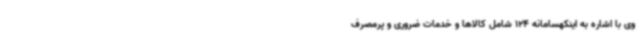
وی با اشاره به اینکهسامانه 124 شامل کالاها و خدمات ضروری و پرمصرف